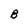
Character: B